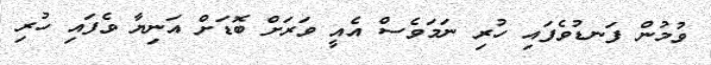
ވުމުން ފަނޑުވެފައި ހުރި ނަމަވެސް އެއީ ވަރަށް ބޮޑަށް އަނިޔާ ވެފައި ހުރި